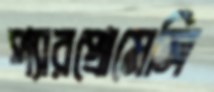
প্যারপ্রোমেলি